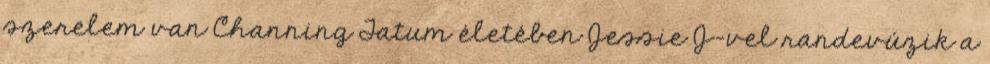
szerelem van Channing Tatum életében Jessie J-vel randevúzik a